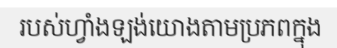
របស់ហ្វាំងឡង់យោងតាមប្រភពក្នុង